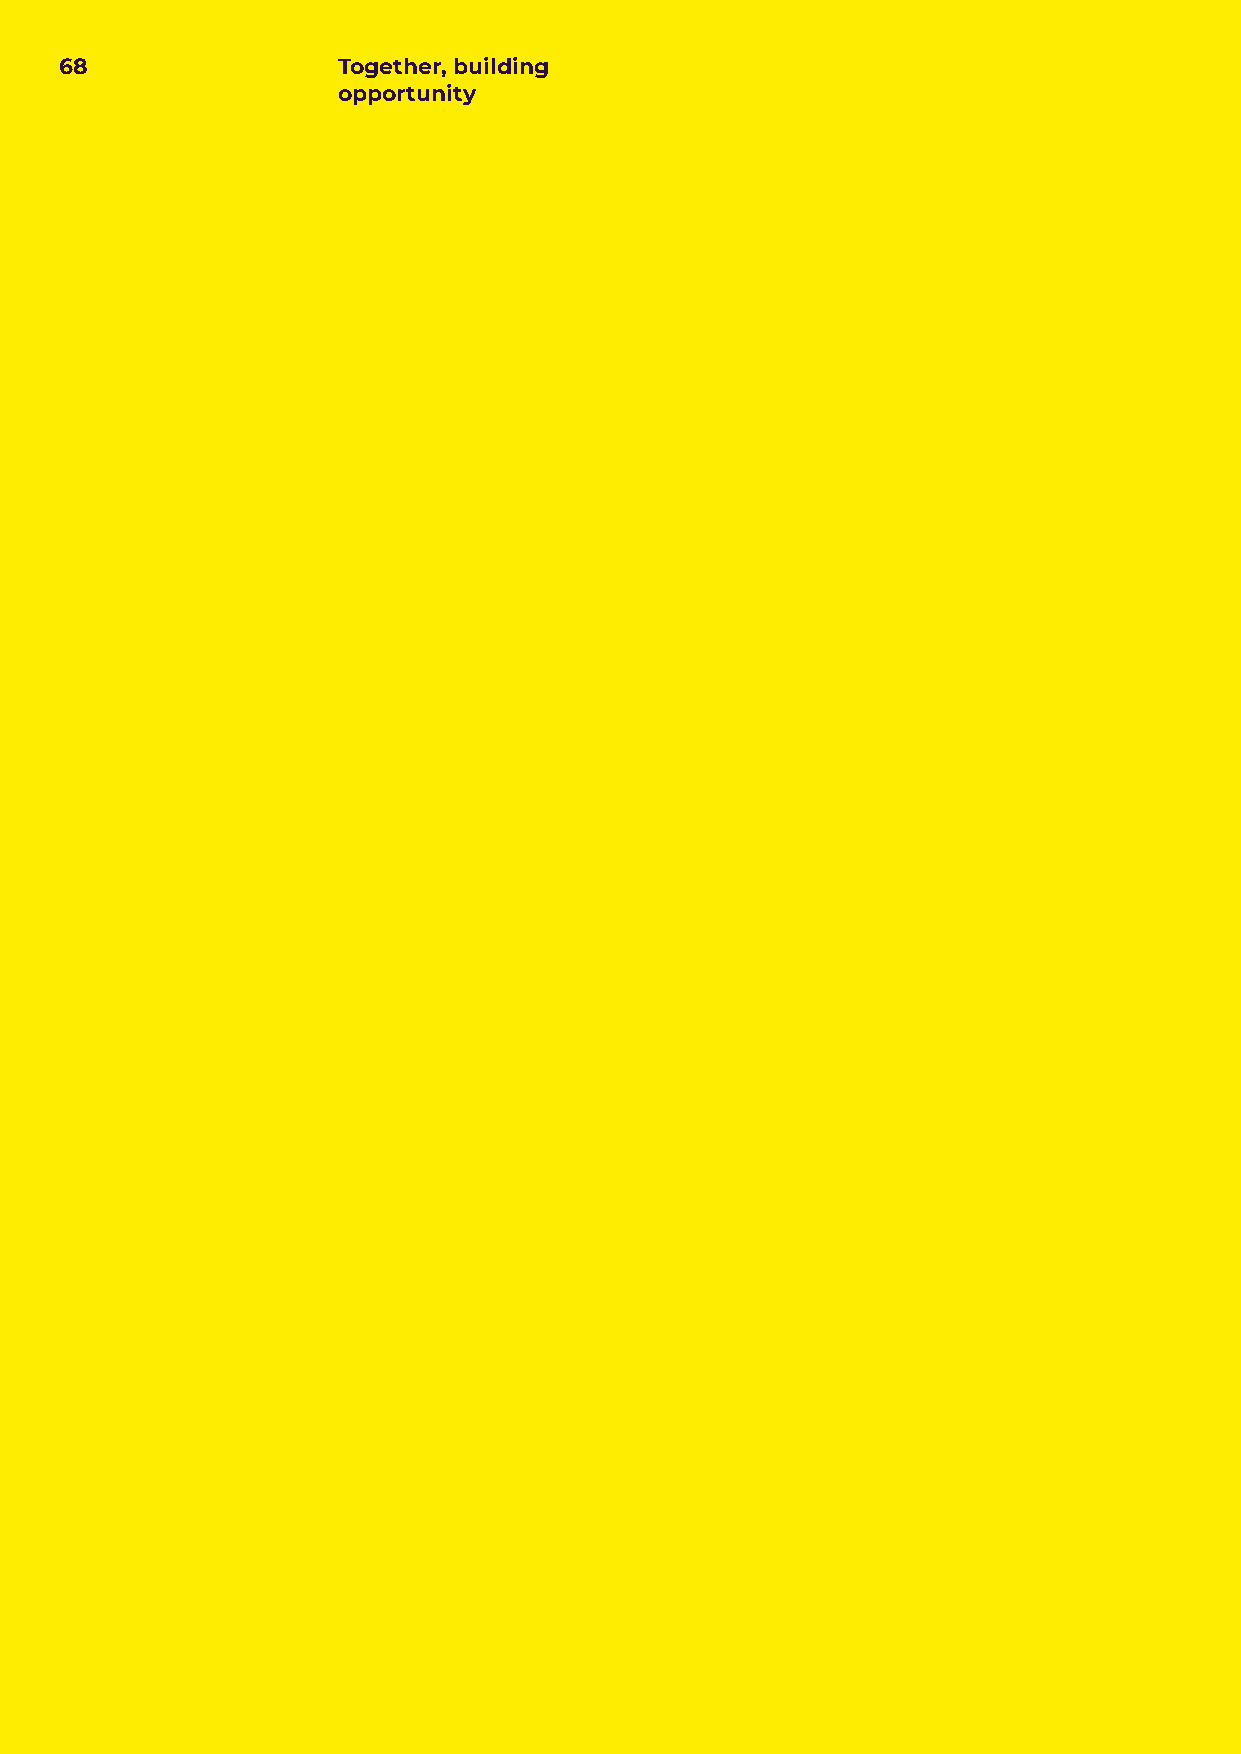
68                Together, building
 opportunity